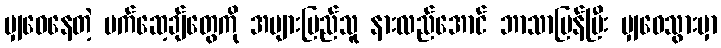
မျှဝေနေတဲ့ မက်ဆေ့ချ်တွေကို အများပြည်သူ နားလည်အောင် ဘာသာပြန်ပြီး မျှဝေသွားမှာ